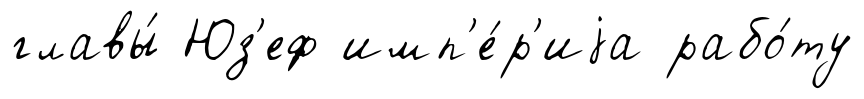
главы́ Юз'еф имп'е́р'иjа рабо́ту